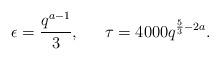
LaTeX: \begin{align*} \epsilon=\frac{q^{a-1}}{3},\,\,\,\,\,\,\,\,\, \tau= 4000q^{\frac{5}{3}-2a}. \end{align*}